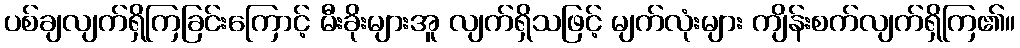
ပစ်ချလျက်ရှိကြခြင်းကြောင့် မီးခိုးများအူ လျက်ရှိသဖြင့် မျက်လုံးများ ကျိန်းစက်လျက်ရှိကြ၏။